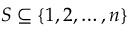
S \subseteq \{ 1 , 2 , \ldots , n \}